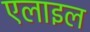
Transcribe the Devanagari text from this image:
एलाइल